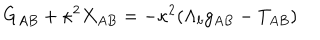
LaTeX: G _ { A B } + \kappa ^ { 2 } X _ { A B } = - \kappa ^ { 2 } ( \Lambda _ { b } g _ { A B } - T _ { A B } )